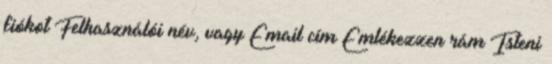
fiókot Felhasználói név, vagy Email cím Emlékezzen rám Isteni